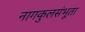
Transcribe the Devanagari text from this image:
नागकुलसंभूता